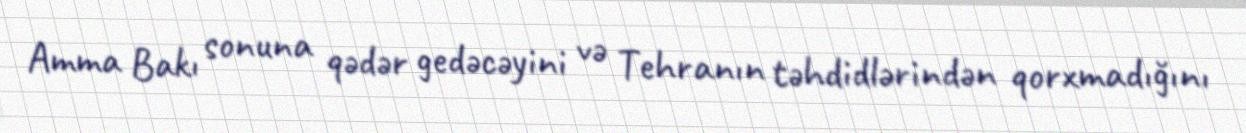
Amma Bakı sonuna qədər gedəcəyini və Tehranın təhdidlərindən qorxmadığını